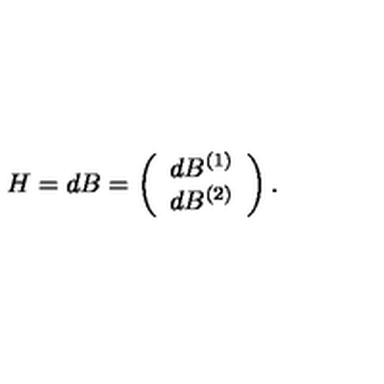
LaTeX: H = d B = \left( \begin{array} { c c } { d B ^ { ( 1 ) } } \\ { d B ^ { ( 2 ) } } \\ \end{array} \right) .